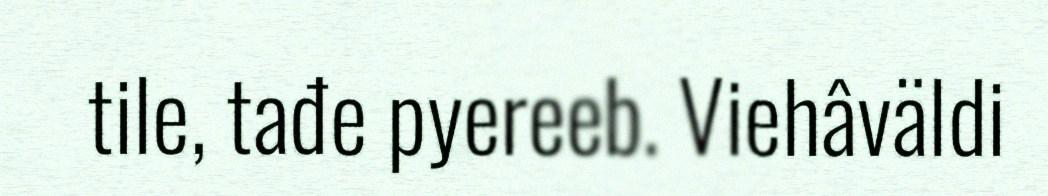
tile, tađe pyereeb. Viehâväldi